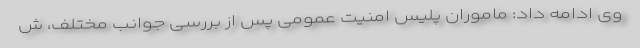
وی ادامه داد: ماموران پلیس امنیت عمومی پس از بررسی جوانب مختلف، ش